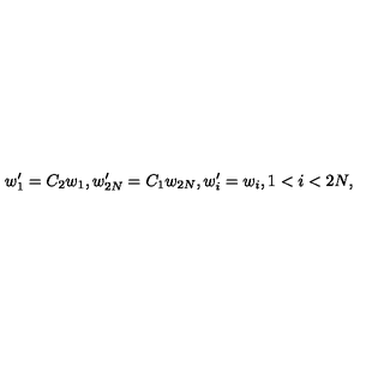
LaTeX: w _ { 1 } ^ { \prime } = C _ { 2 } w _ { 1 } , w _ { 2 N } ^ { \prime } = C _ { 1 } w _ { 2 N } , w _ { i } ^ { \prime } = w _ { i } , 1 < i < 2 N ,